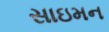
સાઇમન